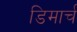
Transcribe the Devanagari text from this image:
डिमार्च